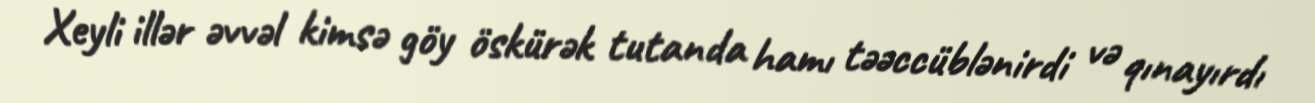
Xeyli illər əvvəl kimsə göy öskürək tutanda hamı təəccüblənirdi və qınayırdı